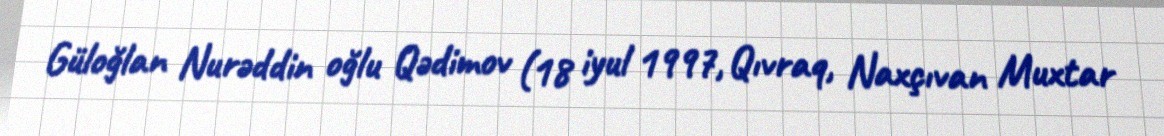
Güloğlan Nurəddin oğlu Qədimov (18 iyul 1997, Qıvraq, Naxçıvan Muxtar